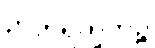
ဉာတိရက္ခိတဉ္စ